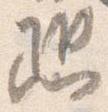
恐